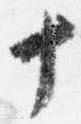
十